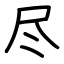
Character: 尽